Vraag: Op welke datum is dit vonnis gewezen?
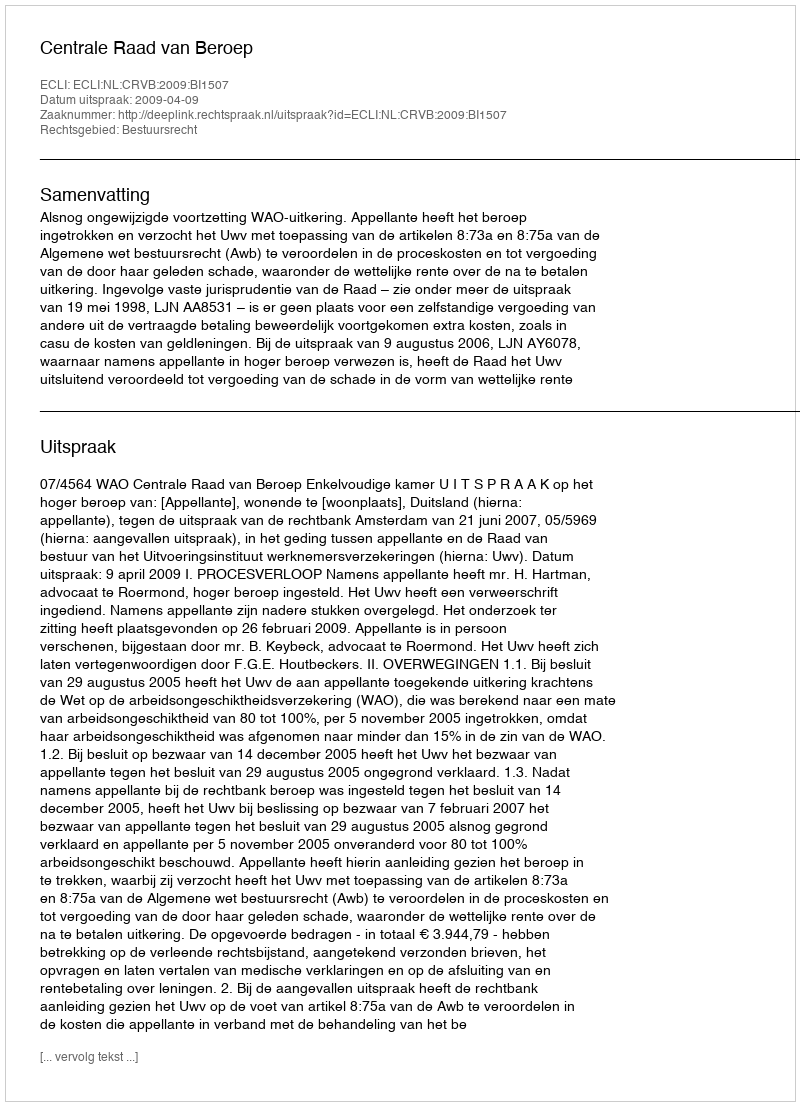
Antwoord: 2009-04-09